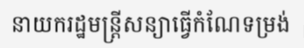
នាយករដ្ឋមន្ត្រីសន្យាធ្វើកំណែទម្រង់